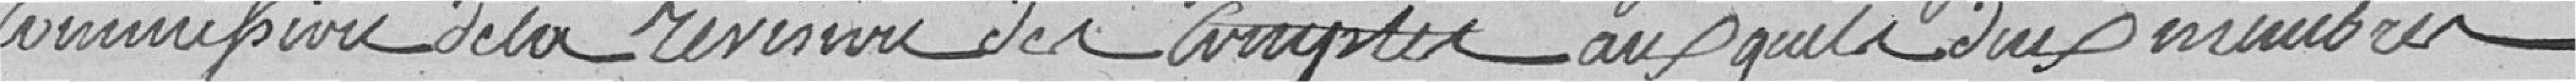
commission de la révision des comptes auxquels deux membres